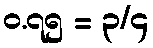
၀.၇၅ = ၃/၄